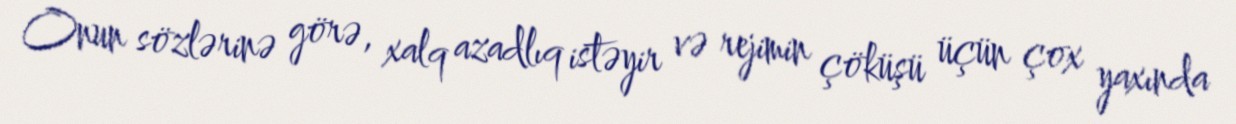
Onun sözlərinə görə, xalq azadlıq istəyir və rejimin çöküşü üçün çox yaxında